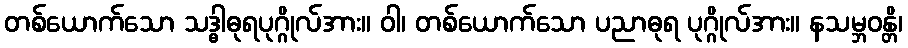
တစ်ယောက်သော သဒ္ဓါဓုရပုဂ္ဂိုလ်အား။ ဝါ၊ တစ်ယောက်သော ပညာဓုရ ပုဂ္ဂိုလ်အား။ နသမ္ဘဝန္တိ၊